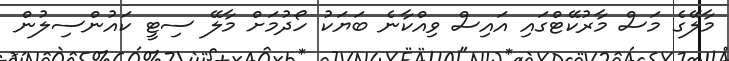
މާލޭގެ މަސް މާރުކޭޓްގައި އައިސް ވިއްކާނެ ބަޔަކު ހޯދުމަށް މާލޭ ސިޓީ ކައުންސިލުން